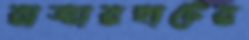
রাজারহাটের